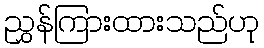
ညွှန်ကြားထားသည်ဟု